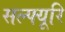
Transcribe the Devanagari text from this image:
सल्फ्यूरि